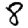
Digit: 8